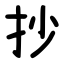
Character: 抄